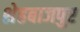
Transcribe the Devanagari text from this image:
शेहबाजपुर